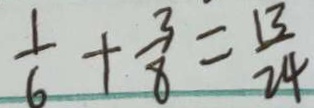
\frac { 1 } { 6 } + \frac { 3 } { 8 } = \frac { 1 3 } { 2 4 }